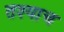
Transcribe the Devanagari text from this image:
तश्याच